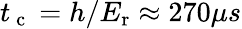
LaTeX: t_{\mathrm{~c~}}=h/E_{\mathrm{{r}}}\approx 270\mu s